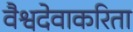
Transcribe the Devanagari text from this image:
वैश्वदेवाकरिता